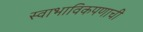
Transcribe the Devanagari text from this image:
स्वाभाविकपणाची